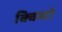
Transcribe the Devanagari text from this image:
क्विब्दो